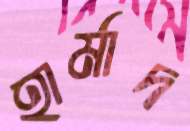
হার্মাদ